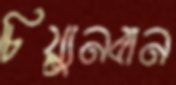
চিয়্যুনবান